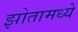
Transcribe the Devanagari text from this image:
झोतामध्ये